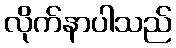
လိုက်နာပါသည်